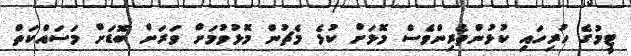
ޓީމުގެ ހުރިހައި ކުޅުންތެރިންވެސް މޮޅަށް ކުޅެ މެޗުން މޮޅުވުމަށް ވަރަށް ބޮޑަށް މަސައްކަތް